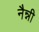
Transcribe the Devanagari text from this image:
नैन्नी